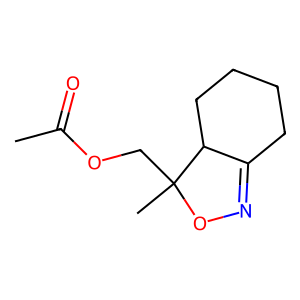
SMILES: CC(=O)OCC1(C)ON=C2CCCCC21
Inhibits HIV replication: No